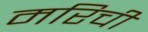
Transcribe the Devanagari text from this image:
मरिची